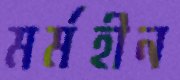
মর্মহীন